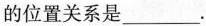
的位置关系是____。